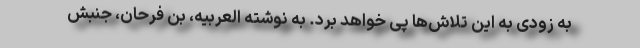
به زودی به این تلاش‌ها پی خواهد برد. به نوشته العربیه، بن فرحان، جنبش